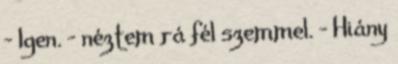
- Igen. - néztem rá fél szemmel. - Hiány